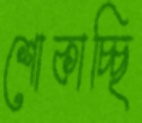
শোকাচ্ছি